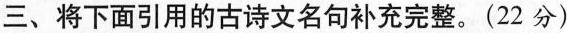
三、将下面引用的古诗文名句补充完整。(22分)